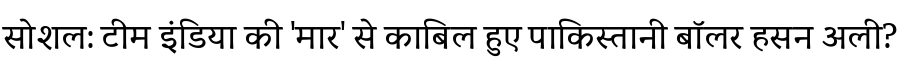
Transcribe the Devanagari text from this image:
सोशल: टीम इंडिया की 'मार' से काबिल हुए पाकिस्तानी बॉलर हसन अली?